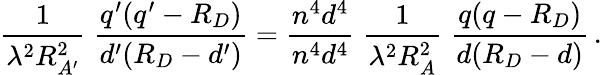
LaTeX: {\frac{1}{\lambda^{2}R_{A^{\prime}}^{2}}}\; {\frac{q^{\prime}(q^{\prime}-R_{D})}{d^{\prime}(R_{D}-d^{\prime})}}={\frac{n^{4}d^{4}}{n^{4}d^{4}}}\; {\frac{1}{\lambda^{2}R_{A}^{2}}}\; {\frac{q(q-R_{D})}{d(R_{D}-d)}}\, .